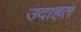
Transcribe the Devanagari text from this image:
उदाहत